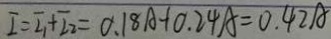
I = I _ { 1 } + I _ { 2 } = 0 . 1 8 A + 0 . 2 4 A = 0 . 4 2 A